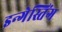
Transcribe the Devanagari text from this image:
इन्गेस्तिंग